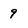
Character: 9